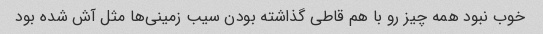
خوب نبود همه چیز رو با هم قاطی گذاشته بودن سیب زمینی‌ها مثل آش شده بود